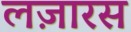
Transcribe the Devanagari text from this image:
लज़ारस